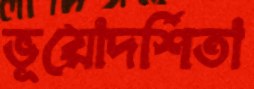
ভূয়োদর্শিতা